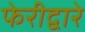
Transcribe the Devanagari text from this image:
फेरीद्वारे